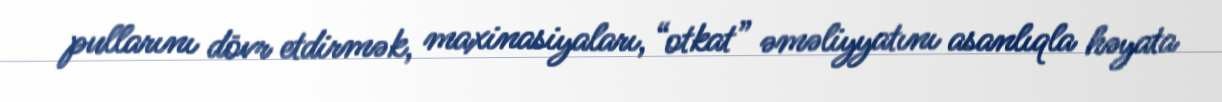
pullarını dövr etdirmək, maxinasiyaları, “otkat” əməliyyatını asanlıqla həyata